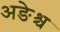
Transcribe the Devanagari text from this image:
अङेश्च